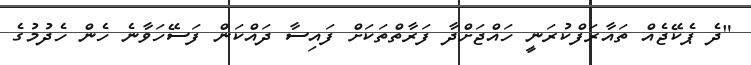
"ދެ ޕެކޭޖެއް ތައާރަފްކުރަނީ ހައްޖަށްދާ ފަރާތްތަކަށް ފައިސާ ދައްކަން ފަސޭހަވާނެ ހެން ހެދުމުގެ